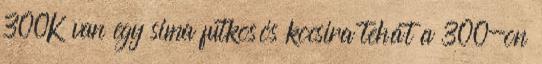
300K van egy sima futkosós kocsira tehát a 300-on